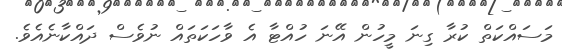
މަސައްކަތް ކުރާ ގިނަ މީހުން އޭނަ ހުއްޓާ އެ ވާހަކަތައް ނުވެސް ދައްކާނެއެވެ.